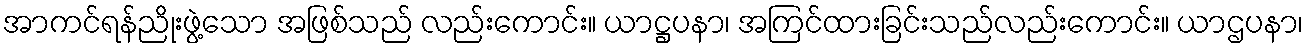
အာကင်ရန်ညိုးဖွဲ့သော အဖြစ်သည် လည်းကောင်း။ ယာဋ္ဌပနာ၊ အကြင်ထားခြင်းသည်လည်းကောင်း။ ယာဌပနာ၊